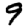
Digit: 9